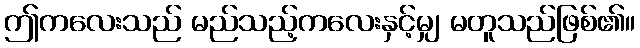
ဤကလေးသည် မည်သည့်ကလေးနှင့်မျှ မတူသည်ဖြစ်၏။